Annual report on the Civil Veterinary Department, Burma (including the Insein Veterinary School) - 1932-1941
Year: 1932
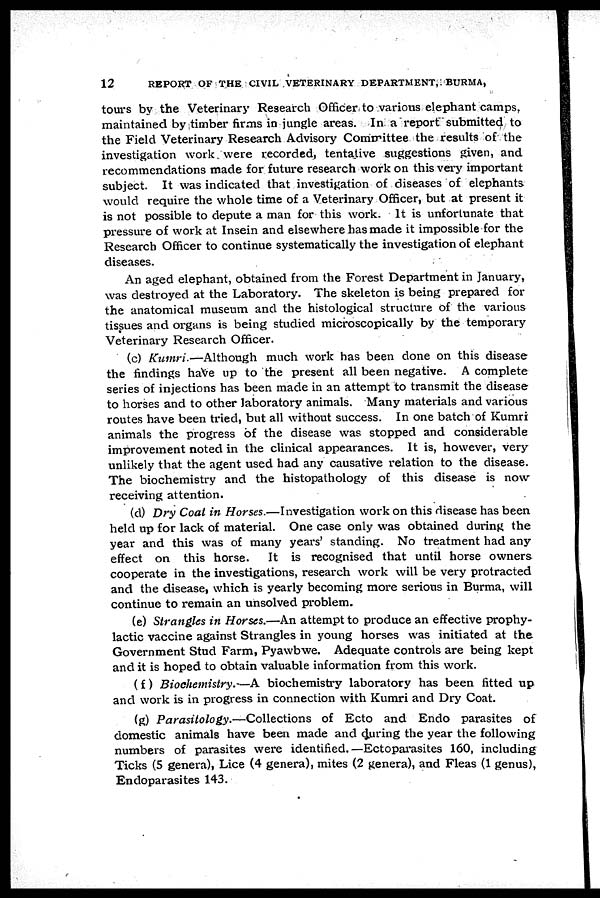
12
REPORT OF THE CIVIL VETERINARY DEPARTMENT, BURMA,
tours by the Veterinary Research Officer to various elephant camps,
maintained by timber firms in jungle areas. In a report submitted to
the Field Veterinary Research Advisory Committee the results of the
investigation work were recorded, tentative suggestions given, and
recommendations made for future research work on this very important
subject. It was indicated that investigation of diseases of elephants
would require the whole time of a Veterinary Officer, but at present it
is not possible to depute a man for this work. It is unfortunate that
pressure of work at Insein and elsewhere has made it impossible for the
Research Officer to continue systematically the investigation of elephant
diseases.
An aged elephant, obtained from the Forest Department in January,
was destroyed at the Laboratory. The skeleton is being prepared for
the anatomical museum and the histological structure of the various
tissues and organs is being studied microscopically by the temporary
Veterinary Research Officer.
(c) Kumri —Although much work has been done on this disease
the findings have up to the present all been negative. A complete
series of injections has been made in an attempt to transmit the disease
to horses and to other laboratory animals. Many materials and various
routes have been tried, but all without success. In one batch of Kumri
animals the progress of the disease was stopped and considerable
improvement noted in the clinical appearances. It is, however, very
unlikely that the agent used had any causative relation to the disease.
The biochemistry and the histopathology of this disease is now
receiving attention.
(d) Dry Coat in Horses.—Investigation work on this disease has been
held up for lack of material. One case only was obtained during the
year and this was of many years' standing. No treatment had any
effect on this horse.
It is recognised that until horse owners
cooperate in the investigations, research work will be very protracted
and the disease, which is yearly becoming more serious in Burma, will
continue to remain an unsolved problem.
(e) Strangles in Horses.—An attempt to produce an effective prophy-
lactic vaccine against Strangles in young horses was initiated at the
Government Stud Farm, Pyawbwe. Adequate controls are being kept
and it is hoped to obtain valuable information from this work.
(f) Biochemistry.—A biochemistry laboratory has been fitted up
and work is in progress in connection with Kumri and Dry Coat.
(g) Parasitology.—Collections
of Ecto and Endo parasites of
domestic animals have been made and during the year the following
numbers of parasites were identified.—Ectoparasites 160, including
Ticks (5 genera), Lice (4 genera), mites (2 genera), and Fleas (1 genus),
Endoparasites 143.